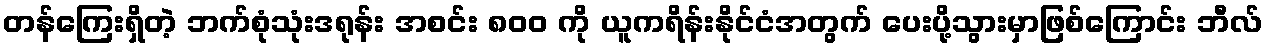
တန်ကြေးရှိတဲ့ ဘက်စုံသုံးဒရုန်း အစင်း ၈၀၀ ကို ယူကရိန်းနိုင်ငံအတွက် ပေးပို့သွားမှာဖြစ်ကြောင်း ဘီလ်